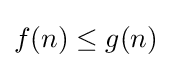
f(n)\leq g(n)